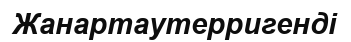
Жанартаутерригенді